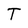
Character: T